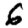
Digit: 6